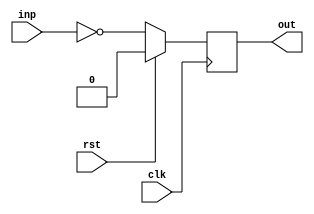
module attrib05_bar(clk, rst, inp, out);
  input  wire clk;
  input  wire rst;
  input  wire inp;
  output reg  out;

  always @(posedge clk)
    if (rst) out <= 1'd0;
    else     out <= ~inp;

endmodule

module attrib05_foo(clk, rst, inp, out);
  input  wire clk;
  input  wire rst;
  input  wire inp;
  output wire out;

  attrib05_bar bar_instance ( (* clock_connected *) clk, rst, (* this_is_the_input *) inp, out);
endmodule